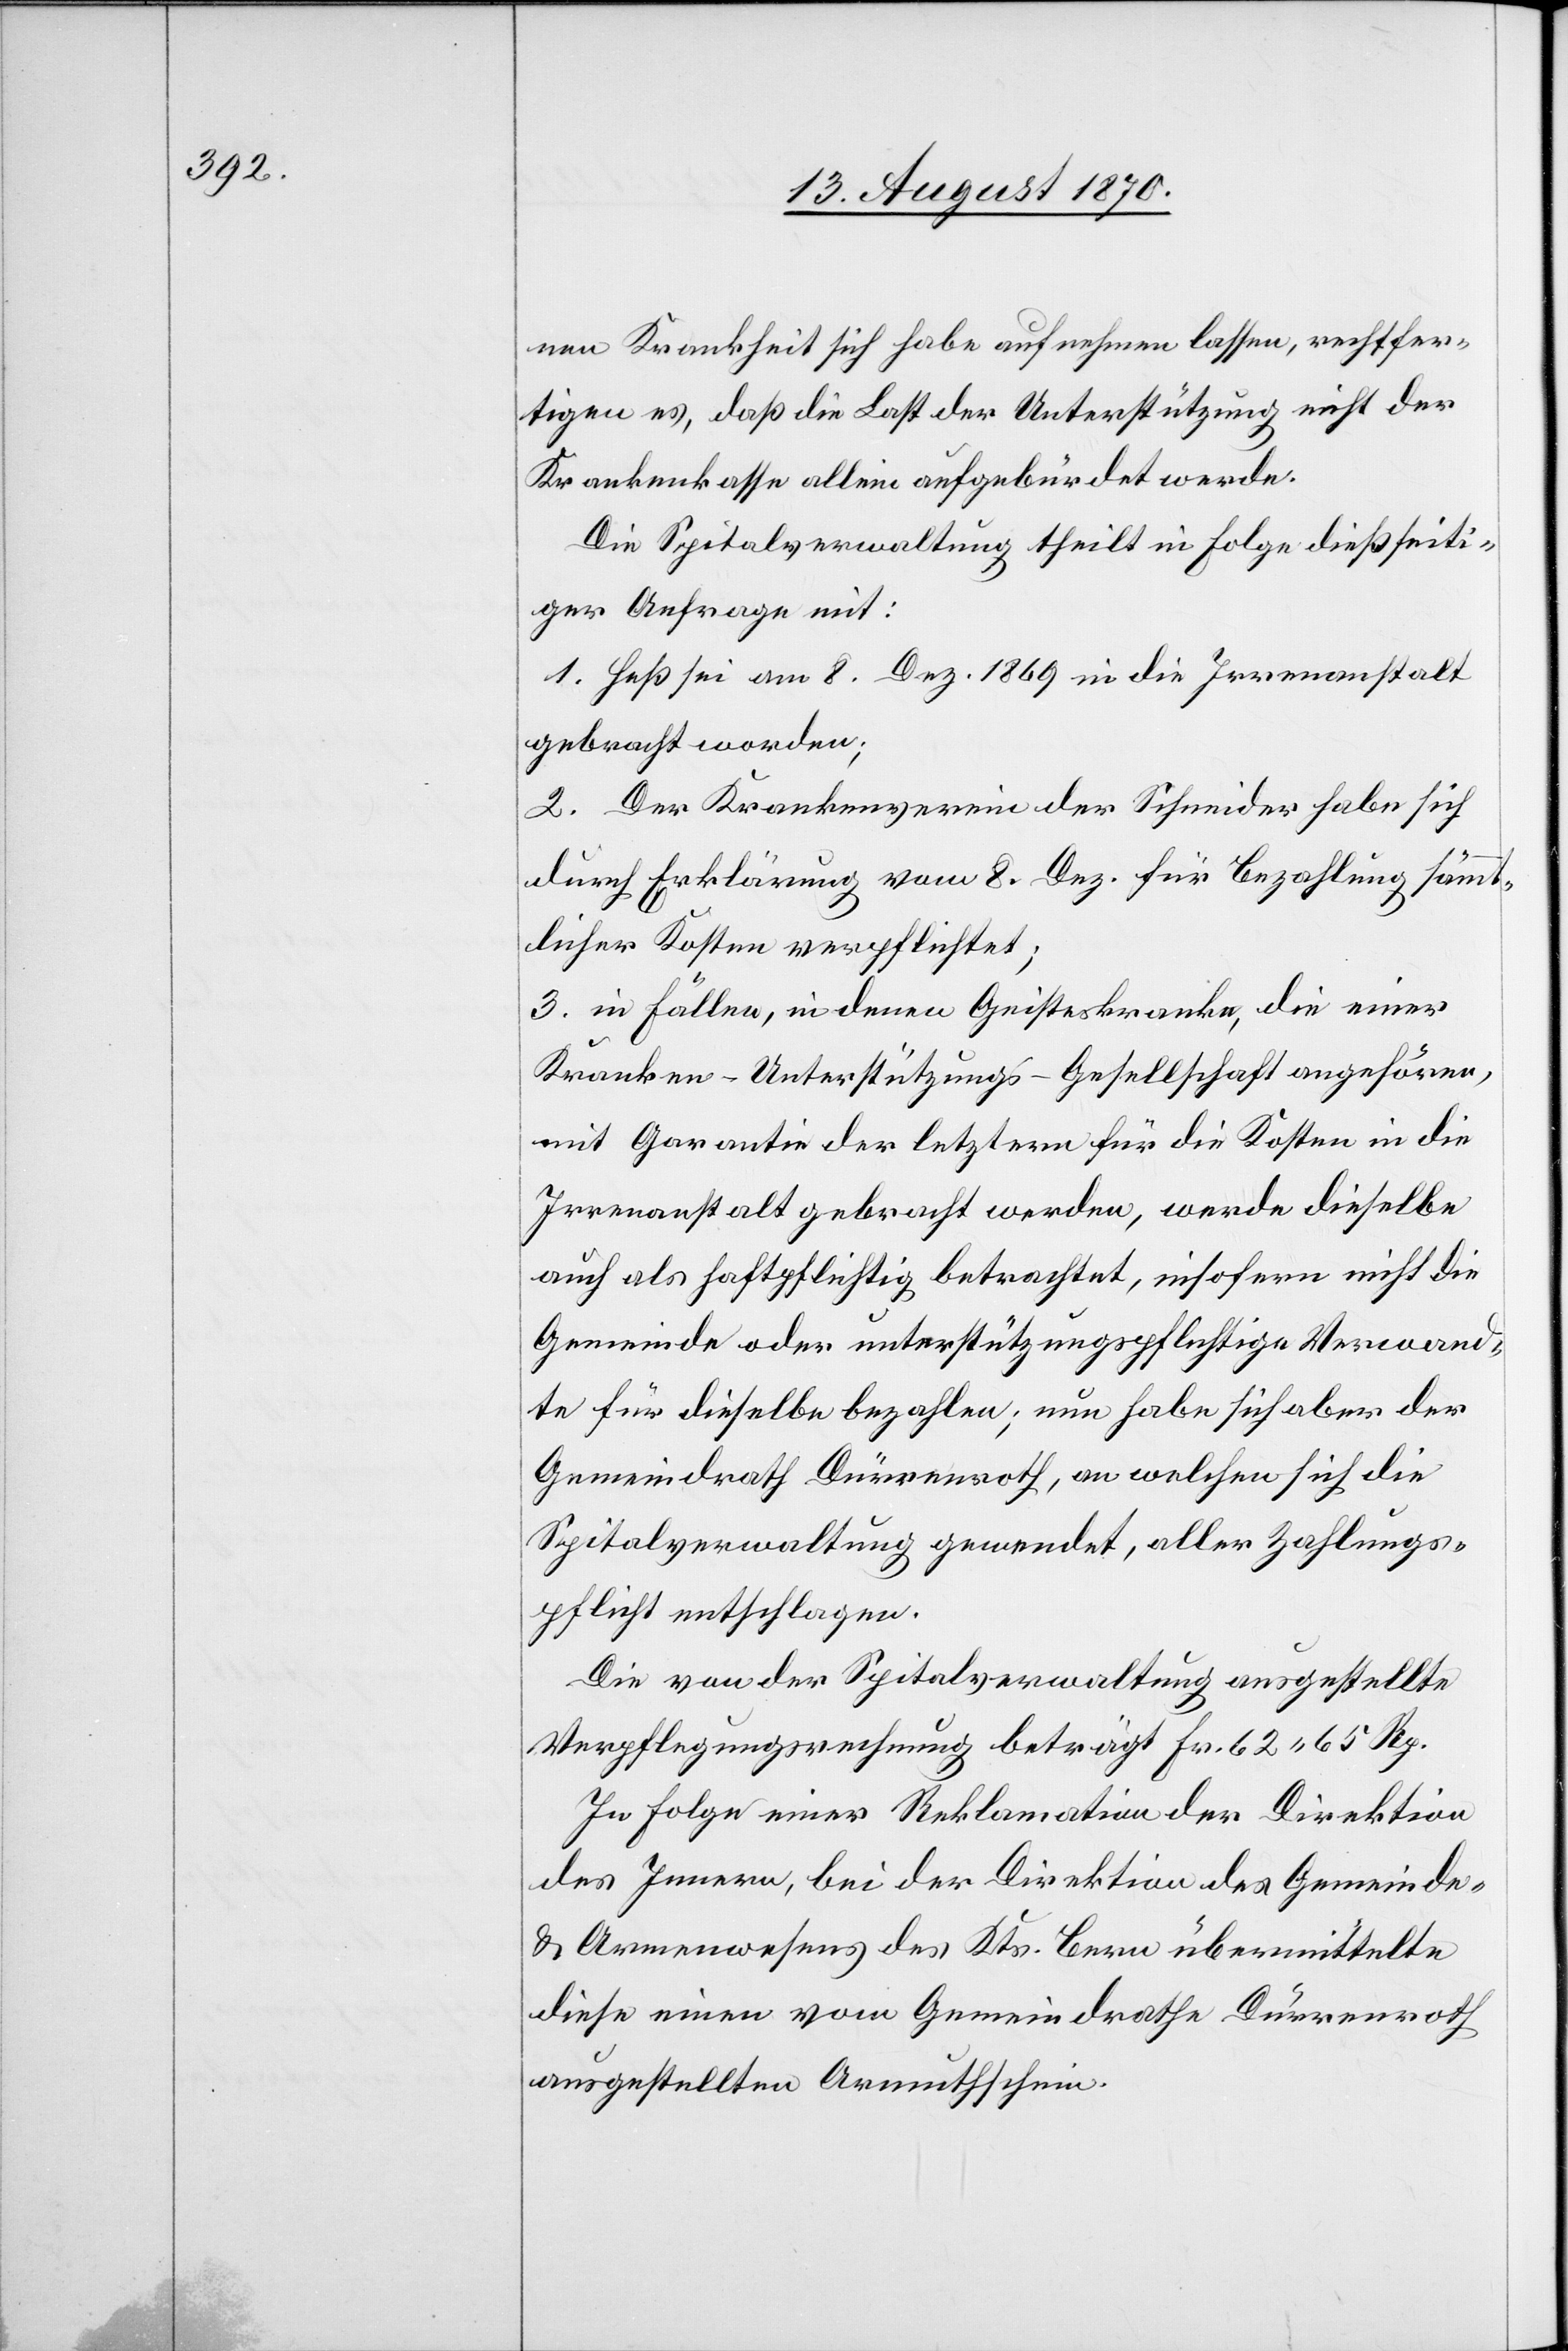
nen Krankheit sich habe aufnehmen lassen, rechtfer¬
tige es, daß die Last der Unterstützung nicht der
Krankenkasse allein aufgebürdet werde.
Die Spitalverwaltung theilt in Folge dießseiti¬
ger Anfrage mit:
1. Heß sei am 8. Dez. 1869 in die Irrenanstalt
gebracht worden;
2. Der Krankenverein der Schneider habe sich
durch Erklärung vom 8. Dez. für Bezahlung sämmt¬
licher Kosten verpflichtet;
3. in Fällen, in denen Geisteskranke, die einer
Kranken-Unterstützungs-Gesellschaft angehören,
mit Garantie der letztern für die Kosten in die
Irrenanstalt gebracht werden, werde dieselbe
auch als haftpflichtig betrachtet, insofern nicht die
Gemeinde oder unterstützungspflichtige Verwand¬
te für dieselbe bezahlen; nun habe sich aber der
Gemeindrath Dürrenroth, an welchen sich die
Spitalverwaltung gewendet, aller Zahlungs¬
pflicht entschlagen.
Die von der Spitalverwaltung ausgestellte
Verpflegungsrechnung beträgt Fr. 62.65 Rp.
In Folge einer Reklamation der Direktion
des Innern bei der Direktion des Gemeinde-
& Armenwesens des Kts. Bern übermittelte
diese einen vom Gemeindrathe Dürrenroth
ausgestellten Armuthschein.